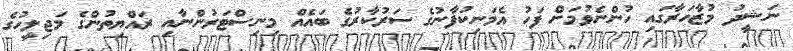
ނަޝީދު މުޒާހަރާގައި ހުންނެވުމަށް ފަހު އެމަނިކުފާނުގެ ސަރުކާރުގެ ބައެއް މިނިސްޓަރުންނާއި ރައްޔިތުންގެ މަޖިލީހުގެ